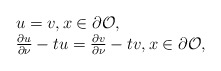
\begin{align*}\begin{array}{l}u=v, x \in \partial \mathcal O, \\\frac{\partial u}{\partial \nu} - tu=\frac{\partial v}{\partial \nu}-tv, x \in \partial \mathcal O,\end{array}\end{align*}